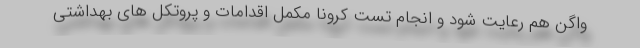
واگن هم رعایت شود و انجام تست کرونا مکمل اقدامات و پروتکل های بهداشتی